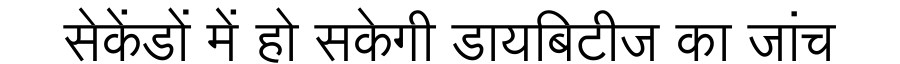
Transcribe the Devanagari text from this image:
सेकेंडों में हो सकेगी डायबिटीज का जांच